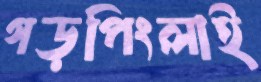
গড়পিংলাই